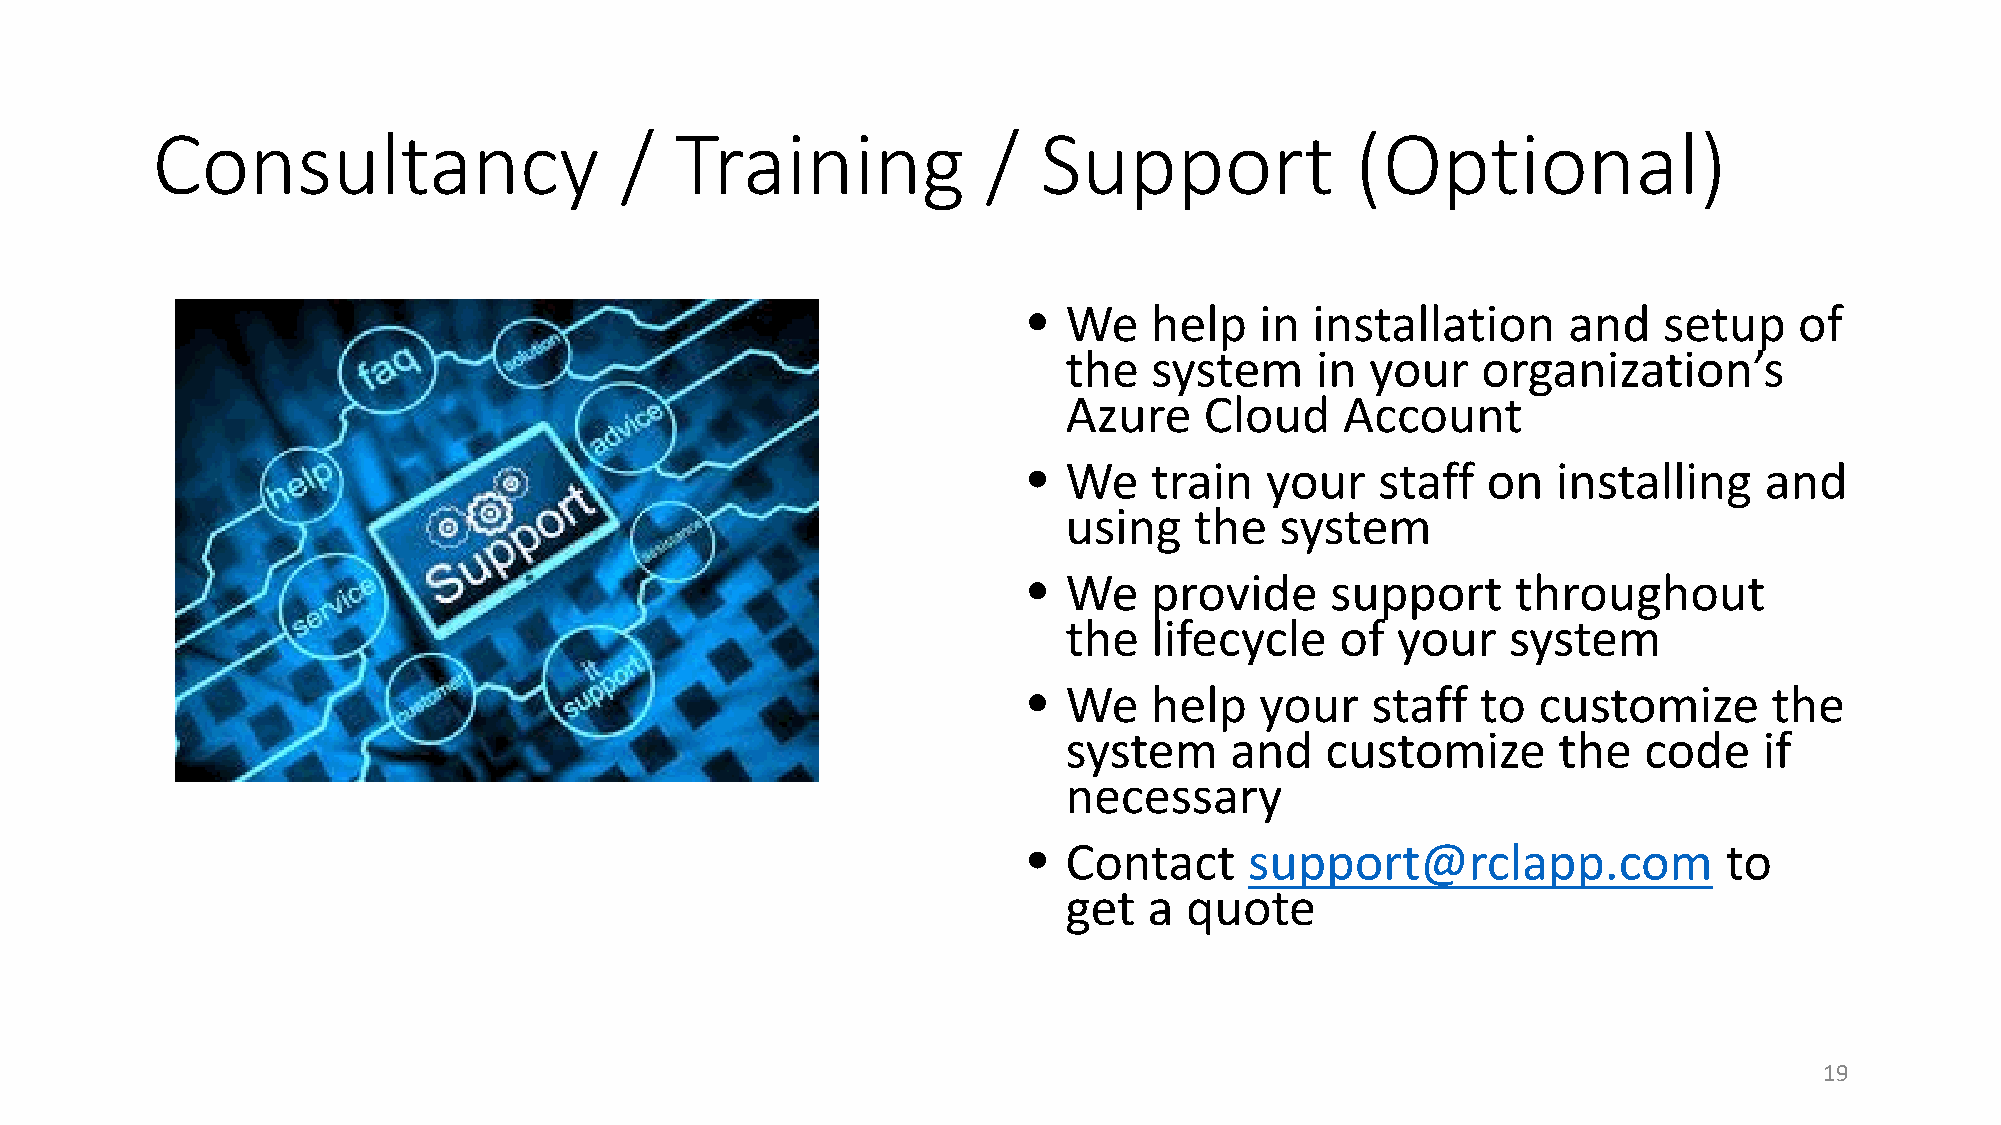
Consultancy                    /   Training            /   Support              (Optional)
 •  We   help   in  installation     and   setup    of
 the  system     in  your   organization’s
 Azure    Cloud    Account
 •  We   train   your   staff  on   installing    and
 using   the   system
 •  We   provide     support     throughout
 the  lifecycle    of your    system
 •  We   help   your    staff  to  customize      the
 system    and    customize      the   code    if
 necessary
 •  Contact     support@rclapp.com             to
 get  a quote
 19